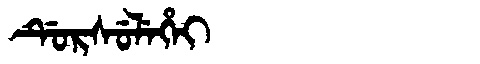
Manchu: ᡩᡠᡵᠰᡠᠯᡝᡥᡝᡳ
Romanization: DURSULEHEI